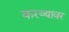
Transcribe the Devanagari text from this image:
करव्यावर